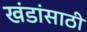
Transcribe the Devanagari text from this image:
खंडांसाठी